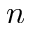
n